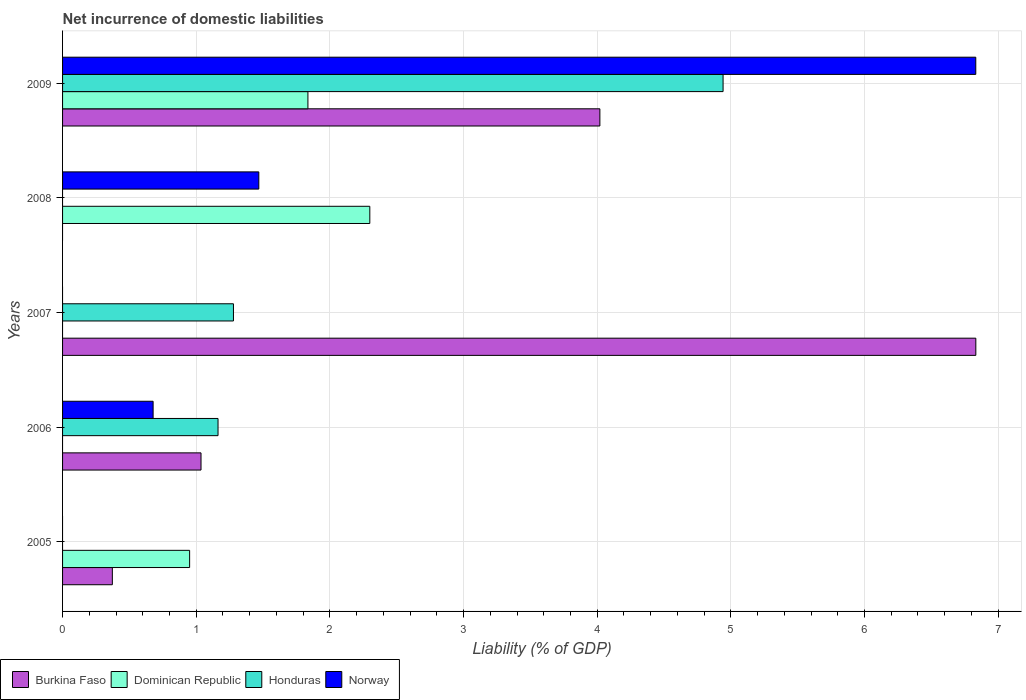
| Years | Burkina Faso | Dominican Republic | Honduras | Norway |
 | --- | --- | --- | --- | --- |
 | 2005 | 0.372 | 0.951 | -0.459 | -0.0586 |
 | 2006 | 1.04 | -0.801 | 1.16 | 0.677 |
 | 2007 | 6.83 | -0.366 | 1.28 | -1.53 |
 | 2008 | -0.627 | 2.3 | -1.22 | 1.47 |
 | 2009 | 4.02 | 1.84 | 4.94 | 6.83 |